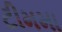
ટીમમા